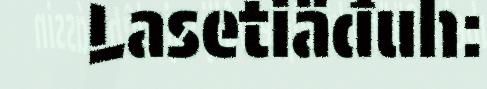
Lasetiäđuh: